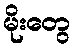
မိုးတွေ